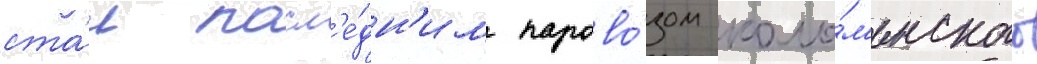
ста́л посл'е́дн'им парово́зом коло́м'енского